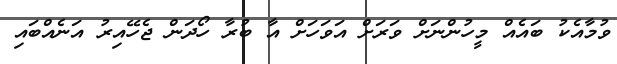
ވުމާއެކު ބައެއް މީހުންނަށް ވަރަށް އަވަހަށް އާ ބުރާ ހޯދަން ޖެހޭއިރު އަނެއްބައި